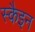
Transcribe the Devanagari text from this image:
स्कैइन